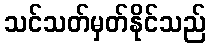
သင်သတ်မှတ်နိုင်သည်